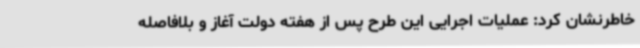
خاطرنشان کرد: عملیات اجرایی این طرح پس از هفته دولت آغاز و بلافاصله